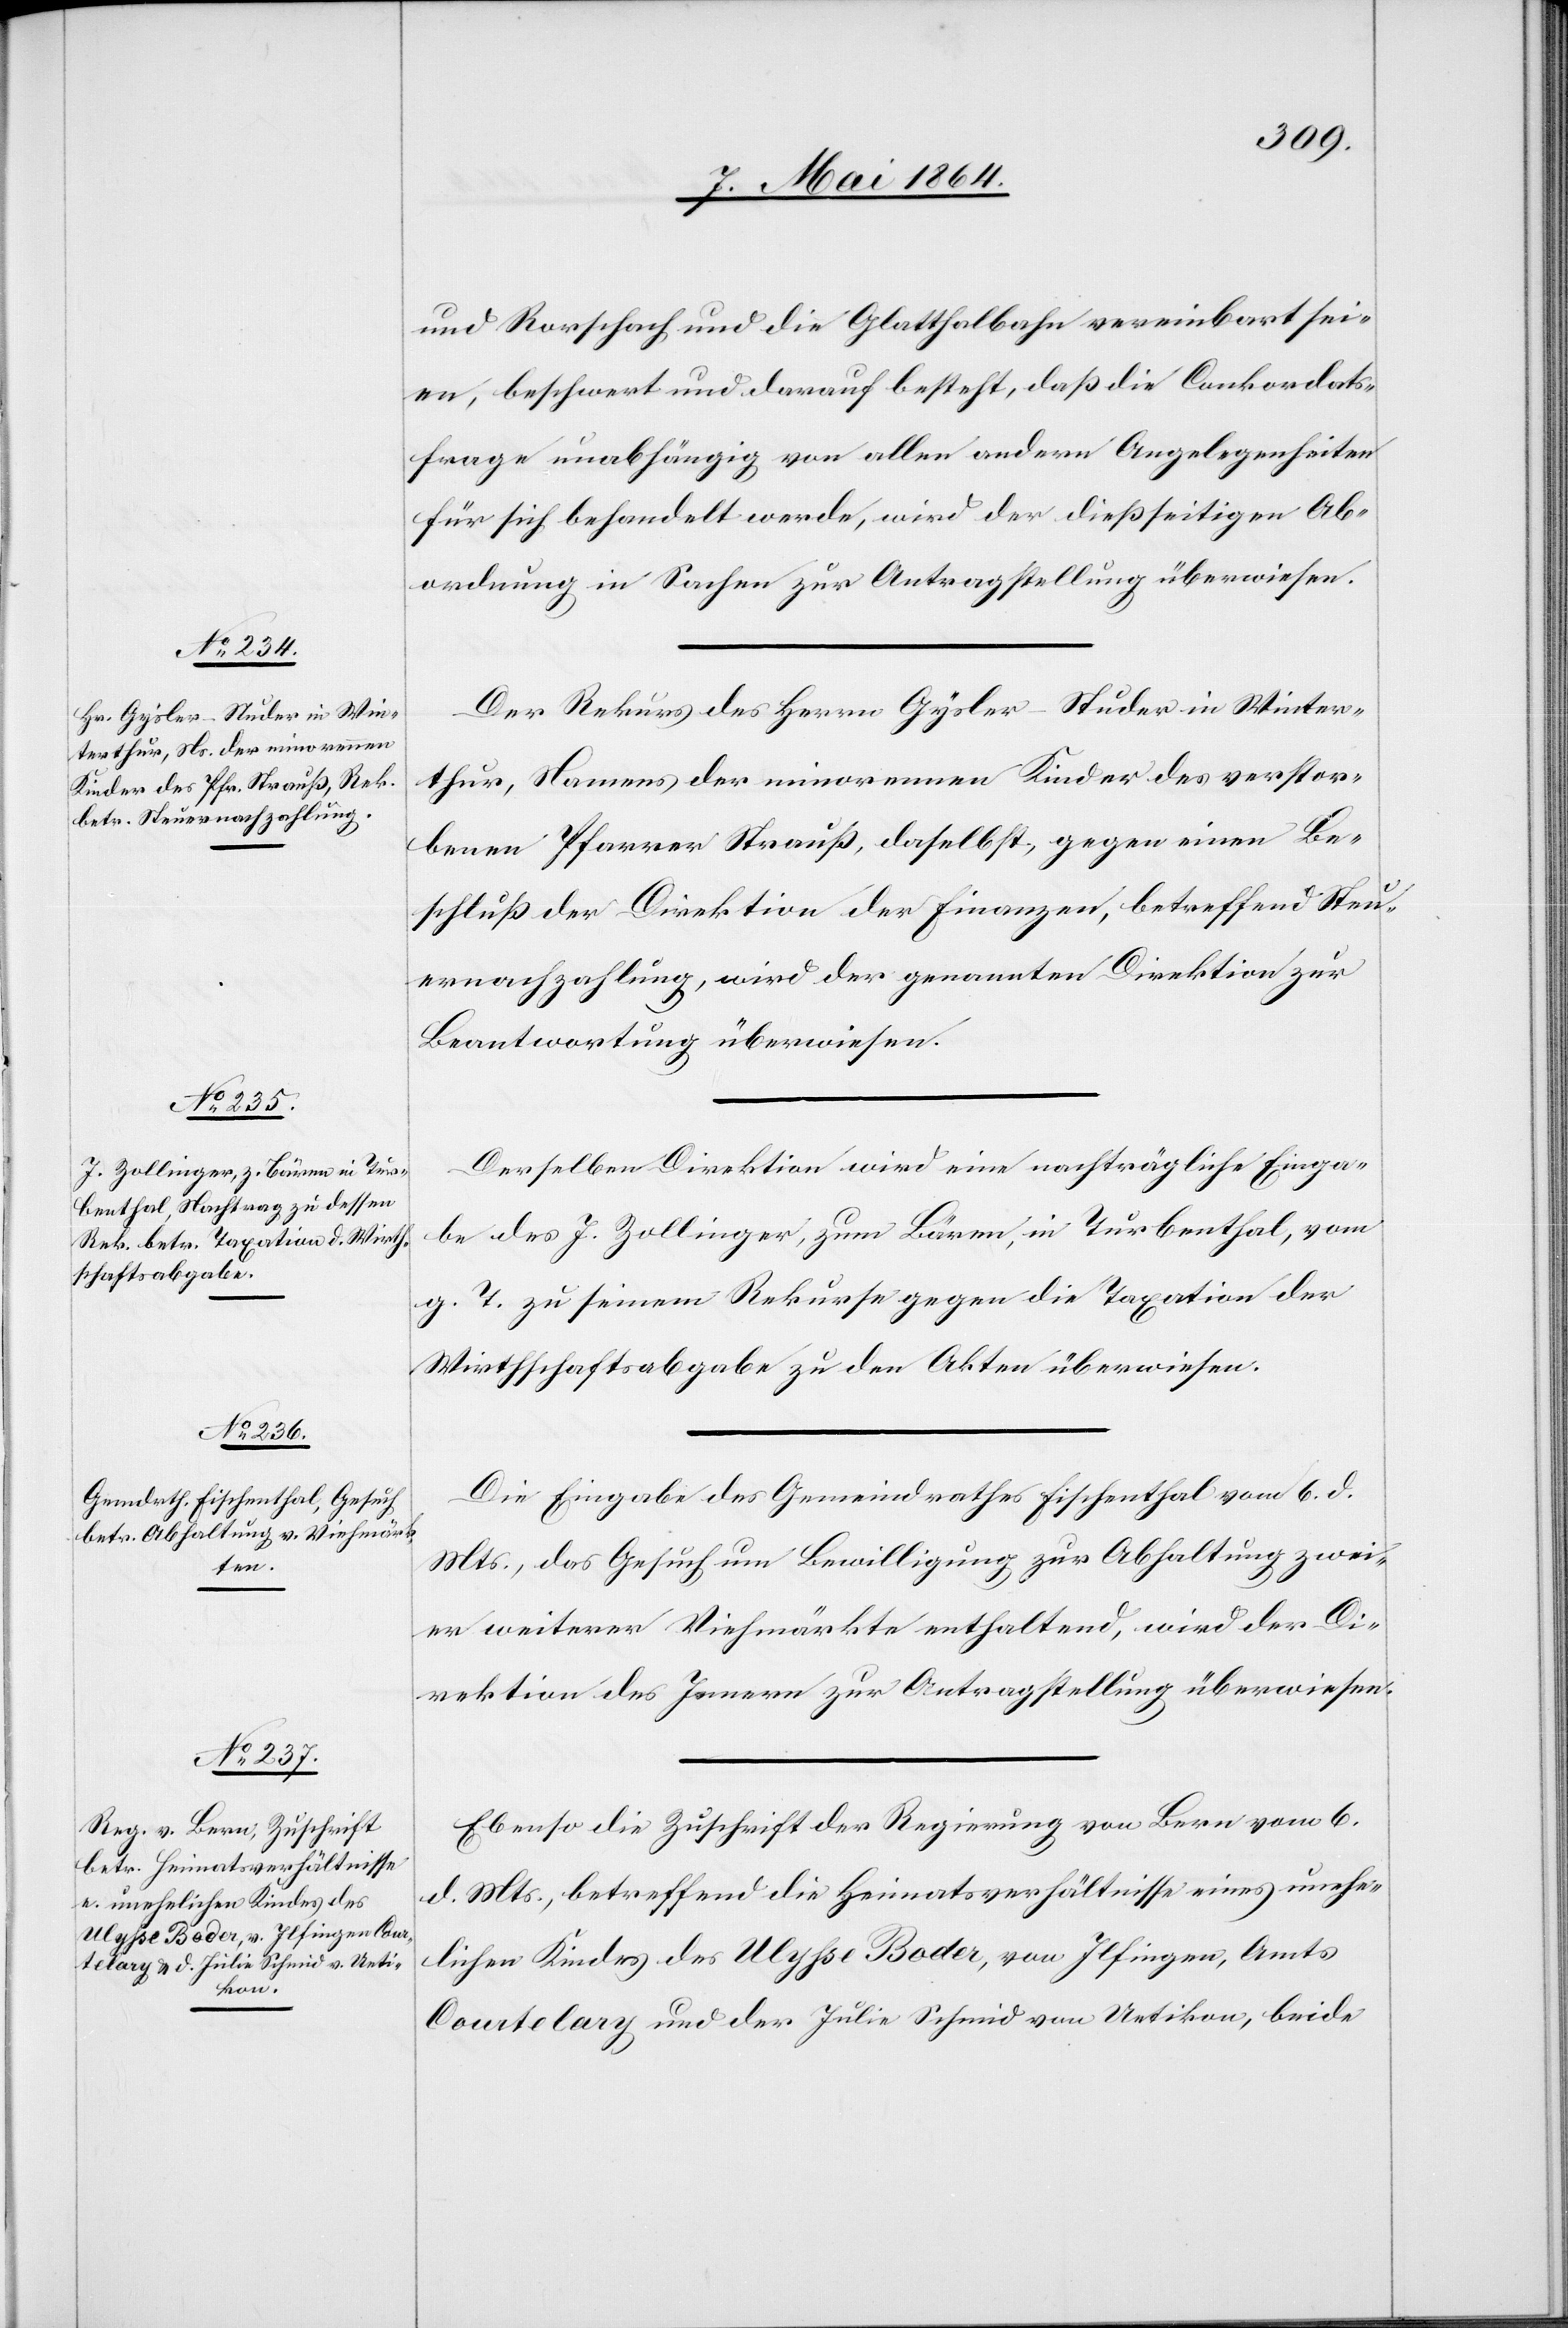
8. Mai 1864.]
und Rorschach und die Glatthalbahn vereinbart sei¬
en, beschwert und darauf besteht, daß die Conkordats¬
frage unabhängig von allen andern Angelegenheiten
für sich behandelt werde, wird der dießseitigen Ab¬
ordnung in Sachen zur Antragstellung überwiesen.
Der Rekurs des Herrn Gylser-Studer in Winter¬
thur, Namens der minorennen Kinder des verstor¬
benen Pfarrer Strauß, daselbst, gegen einen Be¬
schluß der Direktion der Finanzen, betreffend Steu¬
ernachzahlung, wird der genannten Direktion zur
Beantwortung überwiesen.
Derselben Direktion wird eine nachträgliche Einga¬
be des J. Zollinger, zum Bären, in Turbenthal, vom
g. T. zu seinem Rekurse gegen die Taxation der
Wirthschaftsabgabe zu den Akten überwiesen.
Die Eingabe des Gemeindrathes Fischenthal vom 6. d.
Mts., das Gesuch um Bewilligung zur Abhaltung zwei¬
er weiterer Viehmärkte enthaltend, wird der Di¬
rektion des Innern zur Antragstellung überwiesen.
Ebenso die Zuschrift der Regierung von Bern vom 6.
d. Mts., betreffend die Heimatsverhältnisse eines unehe¬
lichen Kindes des Ulysse Boder, von Ilfingen, Amts
Courtelary und der Julie Schmid von Uetikon, beide